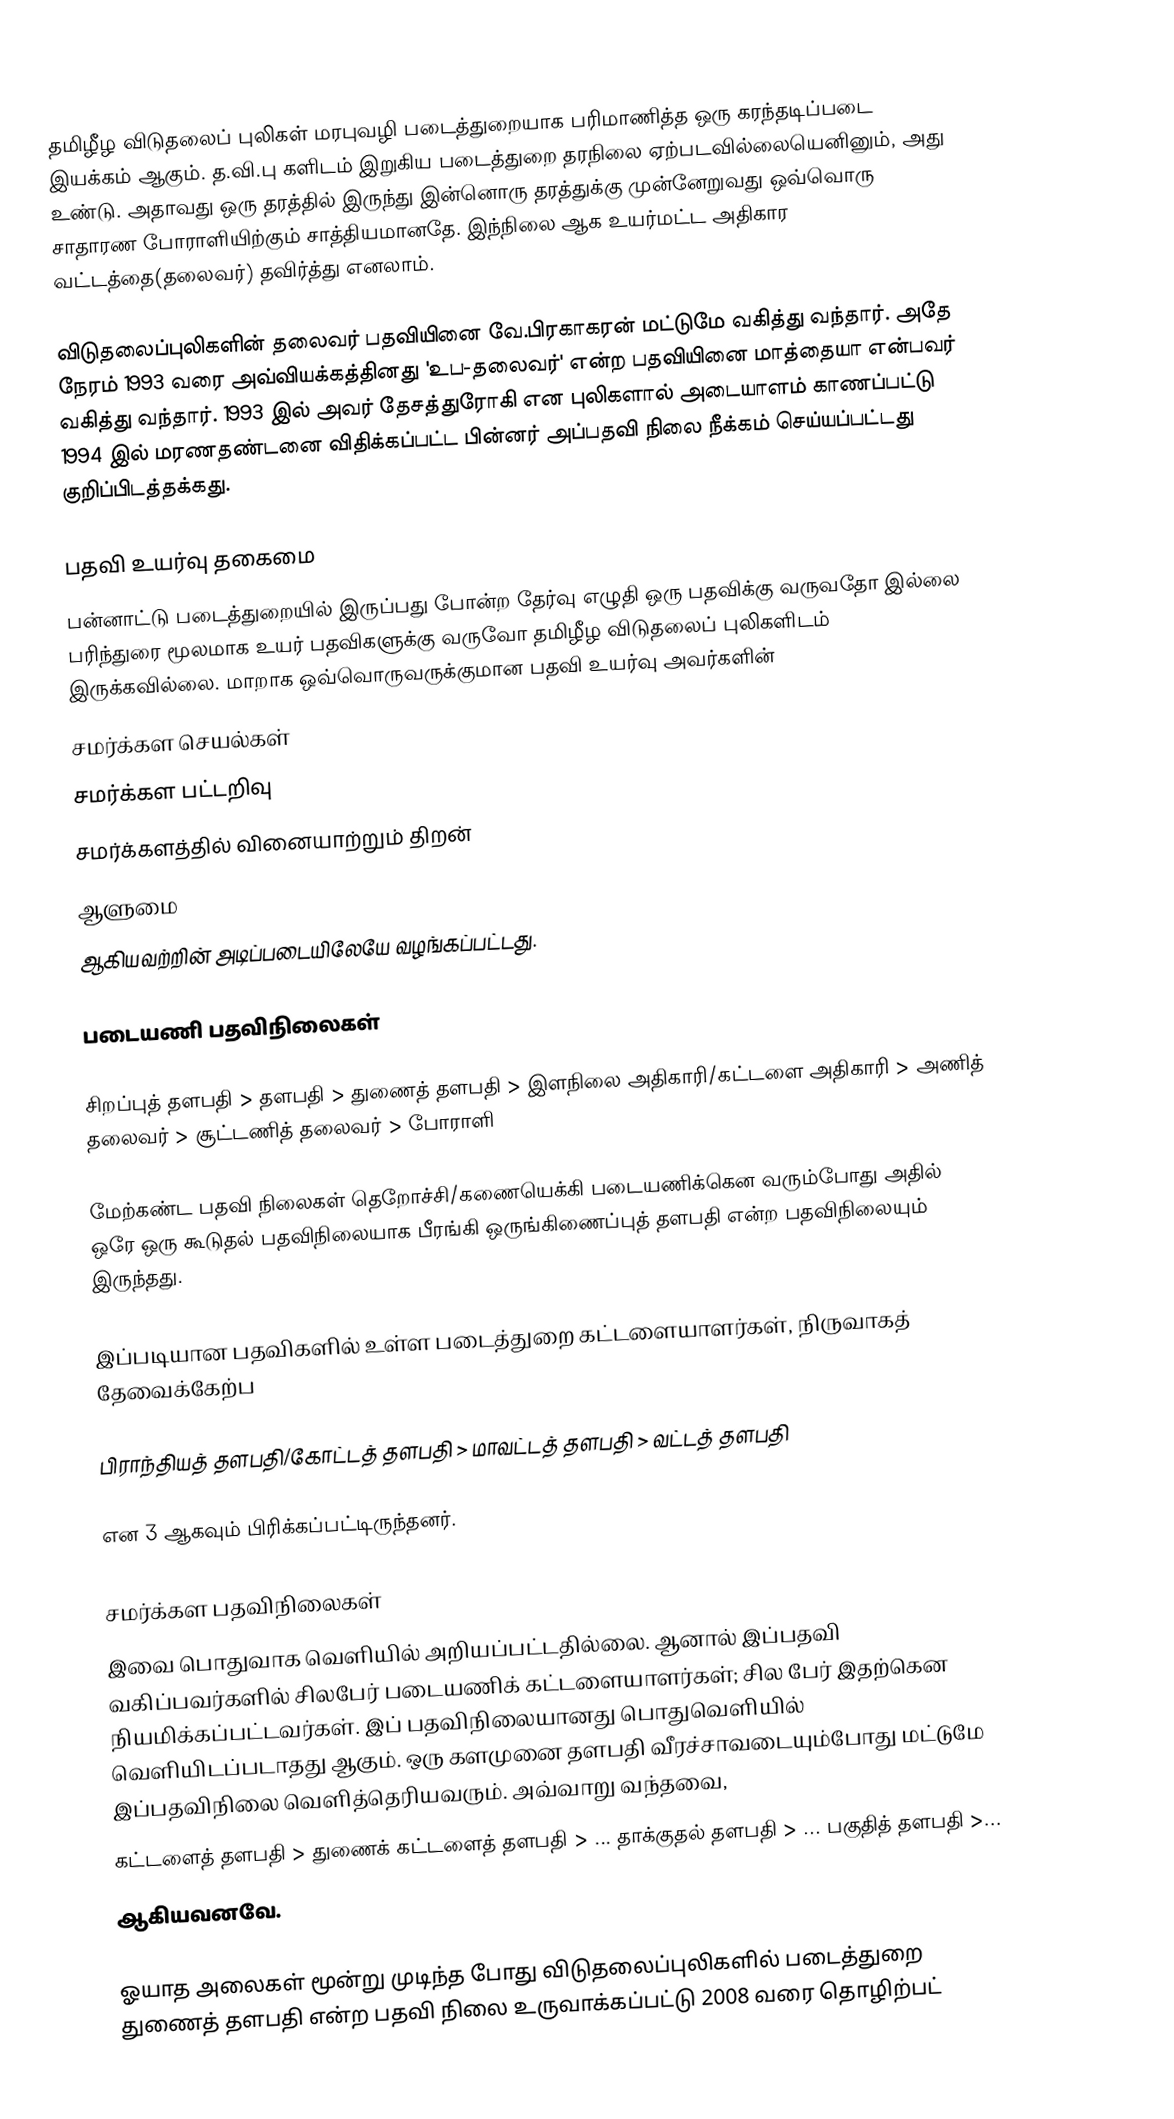
தமிழீழ விடுதலைப் புலிகள் மரபுவழி படைத்துறையாக பரிமாணித்த ஒரு கரந்தடிப்படை இயக்கம் ஆகும்.  த.வி.பு களிடம் இறுகிய படைத்துறை தரநிலை ஏற்படவில்லையெனினும், அது உண்டு.  அதாவது ஒரு தரத்தில் இருந்து இன்னொரு தரத்துக்கு முன்னேறுவது ஒவ்வொரு சாதாரண போராளியிற்கும் சாத்தியமானதே.  இந்நிலை ஆக உயர்மட்ட அதிகார வட்டத்தை(தலைவர்) தவிர்த்து எனலாம்.

விடுதலைப்புலிகளின் தலைவர் பதவியினை வே.பிரகாகரன் மட்டுமே வகித்து வந்தார். அதே நேரம் 1993  வரை அவ்வியக்கத்தினது 'உப-தலைவர்' என்ற பதவியினை மாத்தையா என்பவர் வகித்து வந்தார். 1993 இல் அவர் தேசத்துரோகி என புலிகளால் அடையாளம் காணப்பட்டு 1994 இல் மரணதண்டனை விதிக்கப்பட்ட பின்னர் அப்பதவி நிலை நீக்கம் செய்யப்பட்டது குறிப்பிடத்தக்கது.

பதவி உயர்வு தகைமை
பன்னாட்டு படைத்துறையில் இருப்பது போன்ற தேர்வு எழுதி ஒரு பதவிக்கு வருவதோ இல்லை பரிந்துரை மூலமாக உயர் பதவிகளுக்கு வருவோ தமிழீழ விடுதலைப் புலிகளிடம் இருக்கவில்லை. மாறாக ஒவ்வொருவருக்குமான பதவி உயர்வு அவர்களின்
சமர்க்கள செயல்கள்
சமர்க்கள பட்டறிவு
சமர்க்களத்தில் வினையாற்றும் திறன்
ஆளுமை
ஆகியவற்றின் அடிப்படையிலேயே வழங்கப்பட்டது.

படையணி பதவிநிலைகள்

  சிறப்புத் தளபதி > தளபதி > துணைத் தளபதி > இளநிலை அதிகாரி/கட்டளை அதிகாரி > அணித் தலைவர் > சூட்டணித் தலைவர் > போராளி

மேற்கண்ட பதவி நிலைகள் தெறோச்சி/கணையெக்கி படையணிக்கென வரும்போது அதில் ஒரே ஒரு கூடுதல் பதவிநிலையாக பீரங்கி ஒருங்கிணைப்புத் தளபதி என்ற பதவிநிலையும் இருந்தது.

இப்படியான பதவிகளில் உள்ள படைத்துறை கட்டளையாளர்கள், நிருவாகத் தேவைக்கேற்ப

  பிராந்தியத் தளபதி/கோட்டத் தளபதி > மாவட்டத் தளபதி > வட்டத் தளபதி

என 3 ஆகவும் பிரிக்கப்பட்டிருந்தனர்.

சமர்க்கள பதவிநிலைகள்
இவை பொதுவாக வெளியில் அறியப்பட்டதில்லை. ஆனால் இப்பதவி வகிப்பவர்களில் சிலபேர் படையணிக் கட்டளையாளர்கள்; சில பேர் இதற்கென நியமிக்கப்பட்டவர்கள். இப் பதவிநிலையானது பொதுவெளியில் வெளியிடப்படாதது ஆகும். ஒரு களமுனை தளபதி வீரச்சாவடையும்போது மட்டுமே இப்பதவிநிலை வெளித்தெரியவரும். அவ்வாறு வந்தவை,
  கட்டளைத் தளபதி > துணைக் கட்டளைத் தளபதி > ... தாக்குதல் தளபதி > ... பகுதித் தளபதி >...
ஆகியவனவே.

ஓயாத அலைகள் மூன்று முடிந்த போது விடுதலைப்புலிகளில் படைத்துறை துணைத் தளபதி என்ற பதவி நிலை உருவாக்கப்பட்டு 2008 வரை தொழிற்பட்